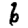
Digit: 6